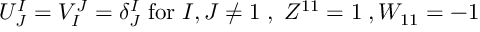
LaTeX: U _ { J } ^ { I } = V _ { I } ^ { J } = { \delta } _ { J } ^ { I } \; \mathrm { f o r } \; I , J \neq 1 \; , \; Z ^ { 1 1 } = 1 \; , W _ { 1 1 } = - 1